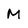
Character: M